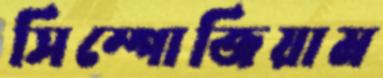
সিম্পোজিয়াম